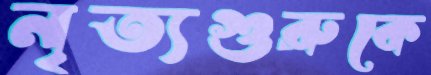
নৃত্যগুরুকে